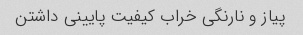
پیاز و نارنگی خراب کیفیت پایینی داشتن